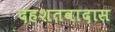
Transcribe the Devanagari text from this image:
दहशतवादास